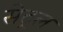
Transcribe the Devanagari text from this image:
सेट्रल